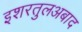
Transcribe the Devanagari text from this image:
इशरतुलअबाद